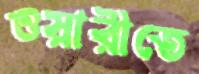
ওয়ারীতে